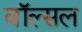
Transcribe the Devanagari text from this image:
वॉल्सल